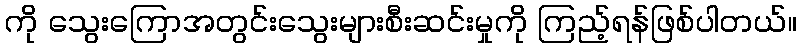
ကို သွေးကြောအတွင်းသွေးများစီးဆင်းမှုကို ကြည့်ရန်ဖြစ်ပါတယ်။